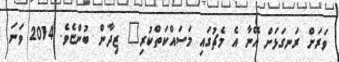
ވަރަށް ރަނގަޅަށް އޭނާ އެ މެޗުގައި މަސައްކަތްކުރި" ޒިދާން ބުންޏެވެ. 2014 ވަނަ